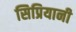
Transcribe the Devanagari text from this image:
सिप्रियानी